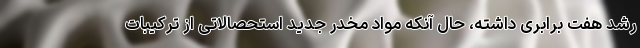
رشد هفت برابری داشته‌، حال آنکه مواد مخدر جدید استحصالاتی از ترکیبات